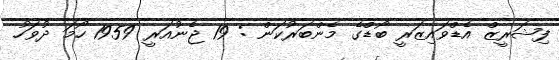
ފިޝަރީޒް އެޑްވައިޒަރީ ބޯޑްގެ މެންބަރުކަން : 19 ޖެނުއަރީ 1959 ހޯމަ ދުވަހު